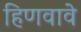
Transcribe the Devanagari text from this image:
हिणवावे